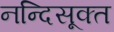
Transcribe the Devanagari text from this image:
नन्दिसूक्त